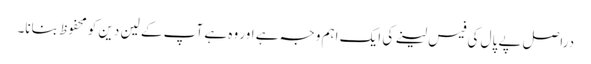
دراصل پے پال کی فیس لینے کی ایک اہم وجہ ہے اور وہ ہے آپ کے لین دین کو محفوظ بنانا۔